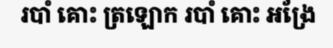
របាំ គោះ ត្រឡោក របាំ គោះ អង្រែ